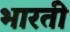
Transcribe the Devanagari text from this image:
भारतीे